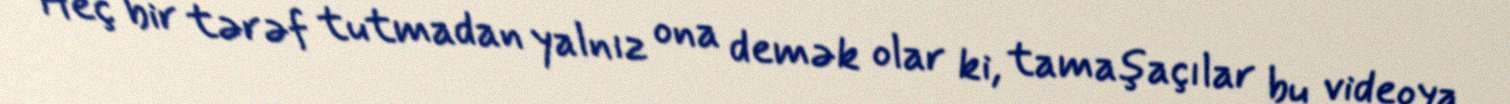
Heç bir tərəf tutmadan yalnız ona demək olar ki, tamaşaçılar bu videoya